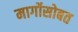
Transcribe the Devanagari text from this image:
मार्गोसोबत